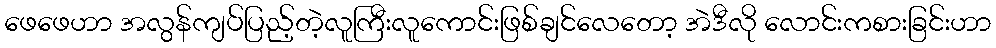
ဖေဖေဟာ အလွန်ကျပ်ပြည့်တဲ့လူကြီးလူကောင်းဖြစ်ချင်လေတော့ အဲဒီလို လောင်းကစားခြင်းဟာ